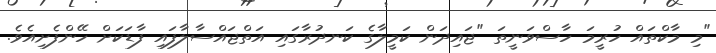
"މި މާކްތައް ހުރީމަ ހާސްވަނީތަ "ޖައިދަން ކަމީލާގެ ކަނދުރާގައި އަތްޖައްސާލާފައި ފާޑަކަށް ހޭންފެށިއެވެ.